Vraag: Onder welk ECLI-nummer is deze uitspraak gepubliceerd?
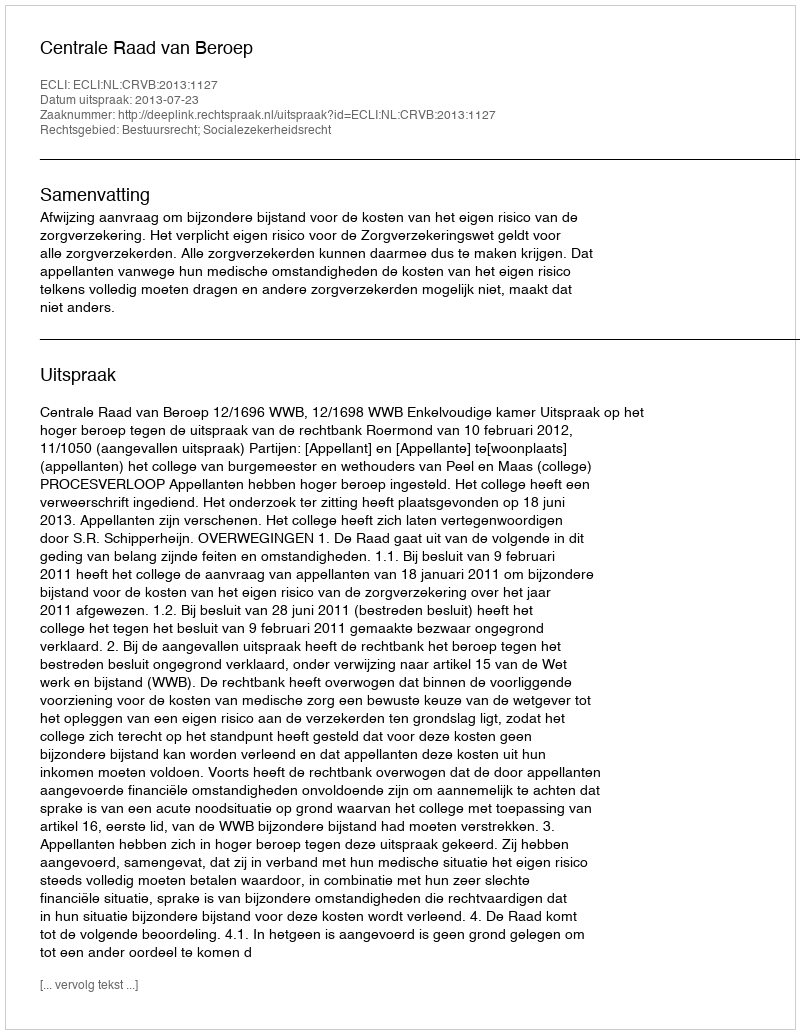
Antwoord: ECLI:NL:CRVB:2013:1127